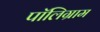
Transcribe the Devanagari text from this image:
पॉलिग्राम